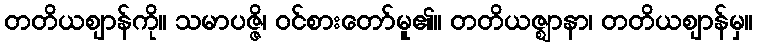
တတိယဈာန်ကို။ သမာပဇ္ဇိ၊ ဝင်စားတော်မူ၏။ တတိယဇ္ဈာနာ၊ တတိယဈာန်မှ။